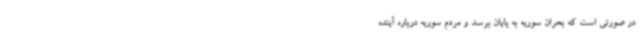
در صورتی است که بحران سوریه به پایان برسد و مردم سوریه درباره آینده